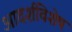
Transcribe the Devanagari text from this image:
आदर्शविशेष